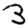
Digit: 3